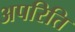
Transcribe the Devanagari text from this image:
अपरिति